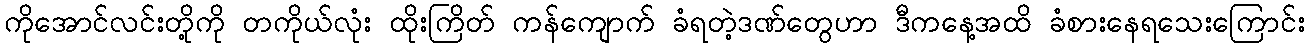
ကိုအောင်လင်းတို့ကို တကိုယ်လုံး ထိုးကြိတ် ကန်ကျောက် ခံရတဲ့ဒဏ်တွေဟာ ဒီကနေ့အထိ ခံစားနေရသေးကြောင်း